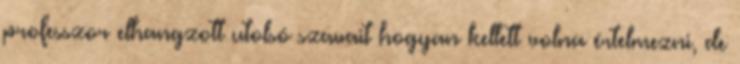
professzor elhangzott utolsó szavait hogyan kellett volna értelmezni, de